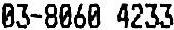
03-8060 4233